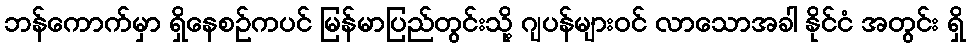
ဘန်ကောက်မှာ ရှိနေစဉ်ကပင် မြန်မာပြည်တွင်းသို့ ဂျပန်များဝင် လာသောအခါ နိုင်ငံ အတွင်း ရှိ